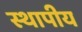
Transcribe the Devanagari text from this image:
स्थापीय